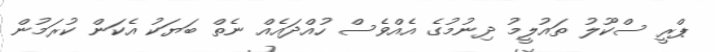
ޕްރީ ސްކޫލު ތައުލީމު ދިނުމުގެ އެއްވެސް ހުއްދައެއް ނެތް ބަޔަކު އެކަން ކުރަމުން